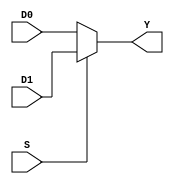
// Module definition
module MUX21 (
D0 , D1 , S , Y
 );

input S; // select line
input [31:0] D0;
input [31:0] D1;

output[31:0] Y;

assign Y = (S==1'b1) ? D1 : D0;

endmodule // Mux21